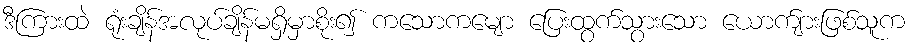
ဒီကြားထဲ ရုံးချိန်အလုပ်ချိန်မရှိမှာစိုး၍ ကသောကမျော ပြေးထွက်သွားသော ယောက်ျားဖြစ်သူက